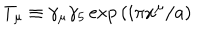
T _ { \mu } \equiv \gamma _ { \mu } \gamma _ { 5 } \exp { ( i \pi x ^ { \mu } / a ) }